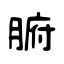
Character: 腑